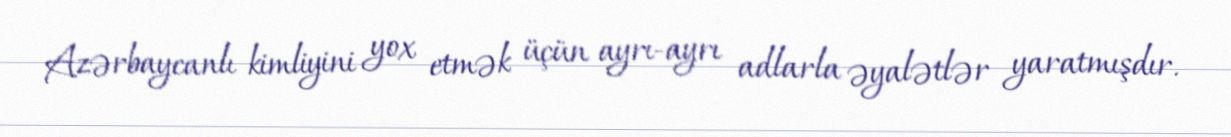
Azərbaycanlı kimliyini yox etmək üçün ayrı-ayrı adlarla əyalətlər yaratmışdır.